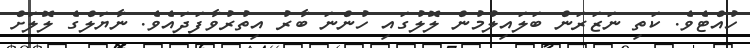
ހުއްޓެވެ. ކަތި ނަޒަރަން ބަލައިލުމުން ލޮލުގައި ހުންނަ ބާރު އިތުރުވާފަދައެވެ. ނާޔަލްގެ ލޮލަށް